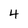
Character: 4